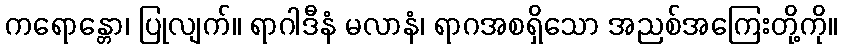
ကရောန္တော၊ ပြုလျက်။ ရာဂါဒီနံ မလာနံ၊ ရာဂအစရှိသော အညစ်အကြေးတို့ကို။